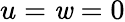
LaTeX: u=\mathit{w}=0